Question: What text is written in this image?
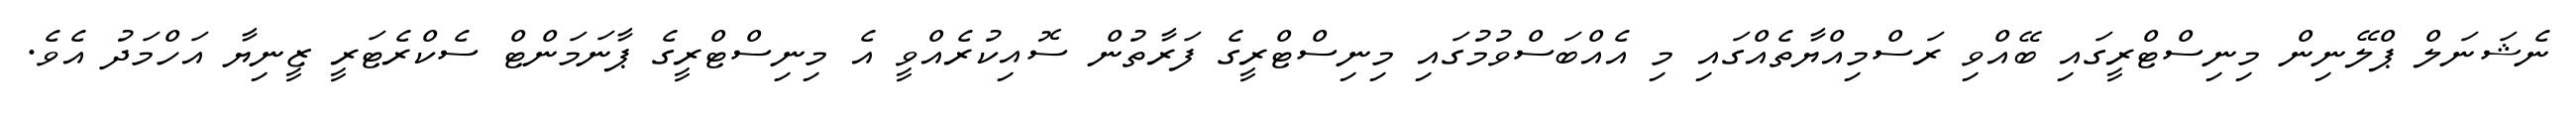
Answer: ނެޝަނަލް ޕްލޭނިން މިނިސްޓްރީގައި ބޭއްވި ރަސްމިއްޔާތެއްގައި މި އެއްބަސްވުމުގައި މިނިސްޓްރީގެ ފަރާތުން ސޮއިކުރެއްވީ އެ މިނިސްޓްރީގެ ޕާނަމަންޓް ސެކްރެޓަރީ ޒީނިޔާ އަހްމަދު އެވެ.